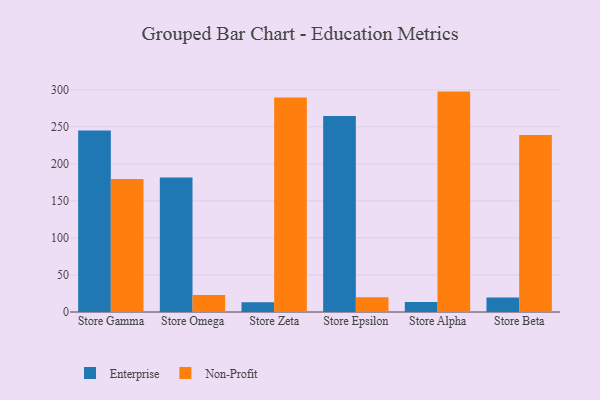
{"axis": {"x": "Store", "y": "Customer Acquisition Cost (USD)"}, "legend": ["Enterprise", "Non-Profit"], "data": [{"x": "Store Gamma", "y": 245.0, "type": "Enterprise"}, {"x": "Store Gamma", "y": 179.4, "type": "Non-Profit"}, {"x": "Store Omega", "y": 181.5, "type": "Enterprise"}, {"x": "Store Omega", "y": 22.8, "type": "Non-Profit"}, {"x": "Store Zeta", "y": 13.3, "type": "Enterprise"}, {"x": "Store Zeta", "y": 289.7, "type": "Non-Profit"}, {"x": "Store Epsilon", "y": 264.5, "type": "Enterprise"}, {"x": "Store Epsilon", "y": 19.8, "type": "Non-Profit"}, {"x": "Store Alpha", "y": 13.5, "type": "Enterprise"}, {"x": "Store Alpha", "y": 297.5, "type": "Non-Profit"}, {"x": "Store Beta", "y": 19.6, "type": "Enterprise"}, {"x": "Store Beta", "y": 238.9, "type": "Non-Profit"}]}